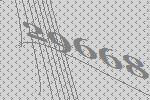
29668